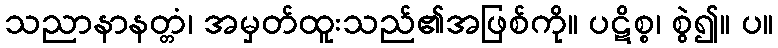
သညာနာနတ္တံ၊ အမှတ်ထူးသည်၏အဖြစ်ကို။ ပဋိစ္စ၊ စွဲ၍။ ပ။